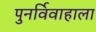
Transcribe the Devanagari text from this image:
पुनर्विवाहाला